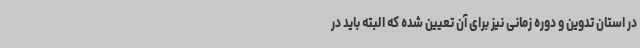
در استان تدوین و دوره زمانی نیز برای آن تعیین شده که البته باید در